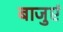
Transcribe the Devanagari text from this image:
बाजुएं